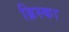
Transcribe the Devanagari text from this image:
ब्रिस्का